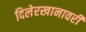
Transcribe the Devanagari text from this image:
दिलेरखानावरी